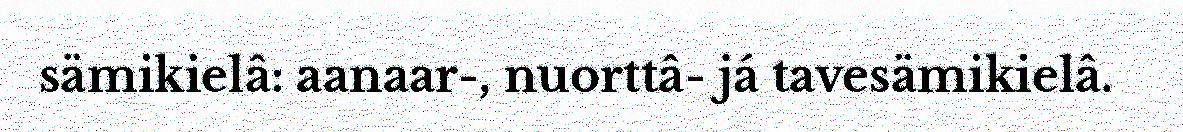
sämikielâ: aanaar-, nuorttâ- já tavesämikielâ.